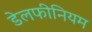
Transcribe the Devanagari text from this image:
डेलफीनियम